Calcutta medical institutions reports 1892-1900
Year: 1892
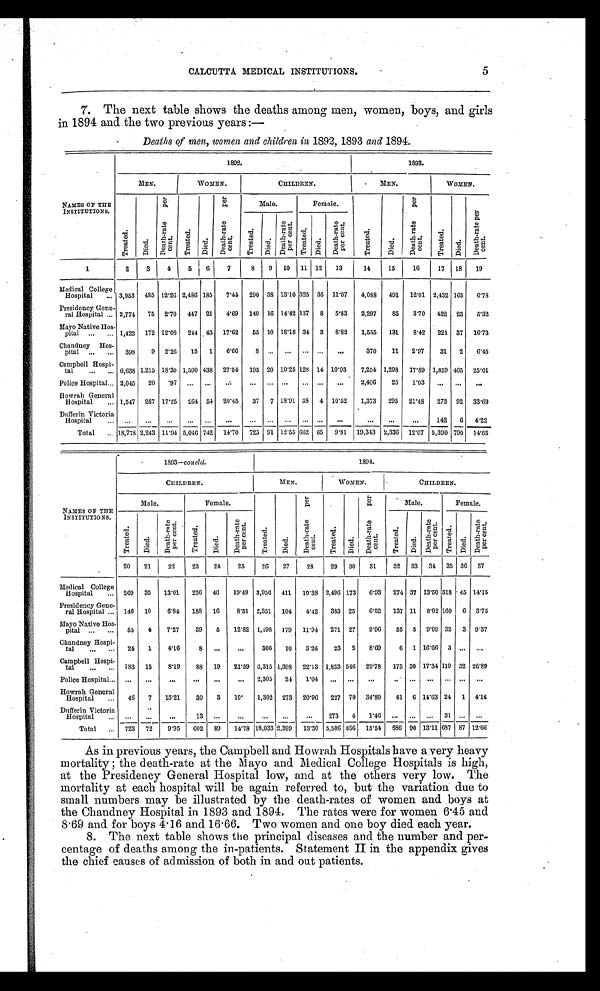
5
CALCUTTA MEDICAL INSTITUTIONS.
7. The next table shows the deaths among men, women, boys, and girls
in 1894 and the two previous years:—
Deaths of men, women and children in 1892, 1893 and 1894.
NAMES OF THE
INSTITUTIONS.
1892.
1893.
MEN.
WOMEN.
CHILDREN.
MEN.
WOMEN.
T r e a t e d .
D i e d .
D e a t h - r a t e p e r c e n t .
T r e a t e d .
D i e d .
D e a t h - r a t e p e r c e n t .
Male.
Female.
T r e a t e d .
D i e d .
D e a t h - r a t e p e r c e n t .
T r e a t e d .
D i e d .
D e a t h - r a t e p e r c e n t .
T r e a t e d .
D i e d .
D e a t h - r a t e p e r c e n t .
T r e a t e d .
D e a t h - r a t e p e r c e n t .
D i e d .
1
2 3 4 5 6 7
8 9 10 11 12 13
14 15 16
17
1 8 19
Medical College
Hospital . . . 3,953 485 12.26 2,486 185 7.44 290 38 13.10 325 36 11.07 4,088 491 12.01 2,432 165 6.78
Presidency Gene -
ral Hospital . . . 2,774 75 2.70 447 21 4.69 140 16 14.42 137 8 5.83 2,297 85 3.70 432 23 5 . 3 2
Mayo Native Hos -
pital
. . . 1,423 172 12.08 244 43 17.62 55 10 18.18 34 3 8.82 1,555 131 8.42 221 37 16.73
Chandney Hos -
pital
. . . 398 9 2.26 15 1 6.66 8 . . . . . .
. . . . . . . . .
370
11 2.97 31 2 6.45
Campbell Hospi -
tal . . . 6,638 1,215 18.30 1,590 438 27.54 195 20 10.25 128 14 10.93 7,254 1,298 17.89 1,859 465 25.01
Police Hospital . . . 2,045 20
. 9 7 . . .
. . . . . .
. . . . . . . . .
. . . . . .
. . . 2,406 25 1.03 . . .
. . .
. . .
Howrah General
Hospital . . . 1,547 267 17.25 264 54 20.45 37 7 18.91 38 4 10.52 1,373 295 21.48 273 92 33.69
Dufferin Victoria,
H o s p i t a l . . .
. . .
. . .
. . .
. . . . . . . . . . . .
. . .
. . . . . . . . .
. . .
. . . . . .
. . . 142 6 4.22
Total . . . 18,778 2,243 11.94 5,046 742 14.70 725 91 12.55662 65 9.81 19,343 2,336 12.07 5,390 790 14.65
NAMES OF THE
INSTITUTIONS.
1893—concld.
1894.
CHILDREN.
MEN.
WOMEN.
CHILDREN.
Male.
Female.
T r e a t e d .
D i e d .
D e a t h - r a t e p e r c e n t .
T r e a t e d .
D i e d .
D e a t h - r a t e p e r c e n t .
Male.
Female.
T r e a t e d .
D i e d .
D e a t h - r a t e p e r c e n t .
T r e a t e d .
D i e d .
D e a t h - r a t e p e r c e n t .
T r e a t e d .
D i e d .
D e a t h - r a t e p e r c e n t .
T r e a t e d .
D i e d .
D e a t h - r a t e p e r c e n t .
20 21 22 23 24 25 26 27 28 29 30 31 32 3 3 3 4 35 36 37
Medical College
Hospital . . . 269 35 13.01 236 46 19.49 3,956 411 10.38 2,496 173 6.93 274 37 13.50 318 45 14.15
Presidency Gene -
ral Hospital . . . 146 10 6.84 188 16 8.51 2,351 104 4.42 383 25 6.52 137 11 8.02 160 6 3.75
Mayo Native Hos -
pital . . . 55 4 7.27 39 5 12.82 1,498 179 11.94 271 27 9.96 55 5 9.09 32 3 9.37
Chandney Hospi -
tal
. . . 24 1 4.16 8
. . .
. . . 306 10 3.26 23 2 8.69 6 1 16.66 3 . . . . . .
Campbell Hosp i -
tal . . . 183 15 8.19 88 19 21.59 6,315 1,398 22.13 1,833 546 29.78 173 30 17.34 119 32 26.89
Police Hospital. . . . . . . . .
. . . . . . . . .
. . . 2,305 24 1.04 . . . . . .
. . .
. . . . . . . . . . . . . . . . . .
Howrah General
Hospital . . . 46 7 15.21 30 3 1 0°1,302 273 20.96 227 79 34.80 41 6 14.63 24 1 4.16
Dufferin Victoria
Hospital . . . . . . . . .
. . .
13
. . .
. . . . . .
. . .
. . . 273 4 1.46 . . . . . . . . . 31 . . . . . .
Total . . . 723 72 9.95 602 89 14.78 18,033 2,399 13.30 5,506 856 15.54 586 90 13.11 687 87 12.66
As in previous years, the Campbell and Howrah Hospitals have a very heavy
m o r t a l i t y ; t h e d e a t h - r a t e a t t h e Ma y o a n d Me d i c a l C o l l e g e H o s p i t a l s i s h i g h ,
at the Presidency General Hospital low, and at the others very low. The
mortality at each hospital will be again referred to, but the variation due to
small numbers may be illustrated by the death-rates of women and boys at
the Chandney Hospital in 1893 and 1894. The rates were for women 6.45 and
8.69 and. for boys 4.16 and 16.66. Two women and one boy died. each year.
8. The next table shows the principal diseases and the number and per
- c e n t a g e o f d e a t h s a m o n g t h e i n - p a t i e n t s . S t a t e m e n t I I i n t h e a p p e n d i x g i v e s
the chief causes of admission of both in and out patients.